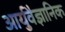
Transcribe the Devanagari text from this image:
आर्युवैज्ञानिक